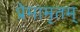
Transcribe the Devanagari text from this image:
प्रेमामृतम्